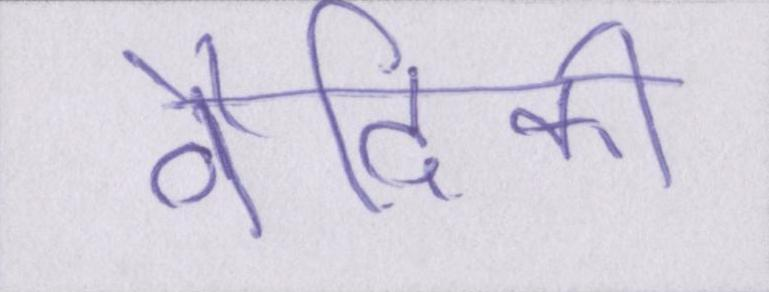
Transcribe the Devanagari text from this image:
वैदिकी